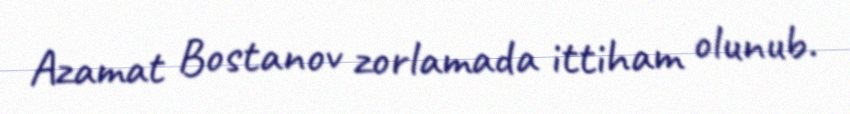
Azamat Bostanov zorlamada ittiham olunub.